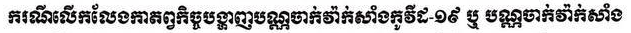
ករណីលើកលែងកាតព្វកិច្ចបង្ហាញបណ្ណចាក់វ៉ាក់សាំងកូវីដ-១៩ ឬ បណ្ណចាក់វ៉ាក់សាំង